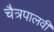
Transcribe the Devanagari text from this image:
चैत्रपालवी